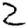
Digit: 2